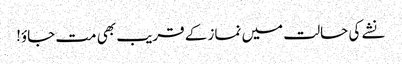
نشے کی حالت میں نماز کے قریب بھی مت جاؤ!